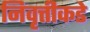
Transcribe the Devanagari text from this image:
निवृत्तीकडे